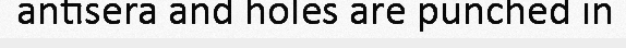
antisera and holes are punched in